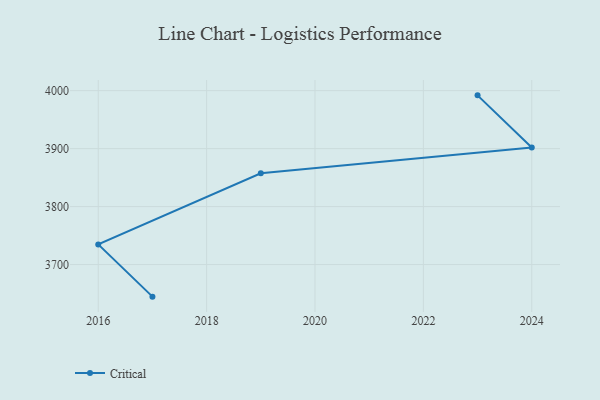
{"axis": {"x": "Year", "y": "Headcount"}, "legend": ["Critical"], "data": [{"x": "2017", "y": 3644.6, "type": "Critical"}, {"x": "2016", "y": 3734.7, "type": "Critical"}, {"x": "2019", "y": 3857.5, "type": "Critical"}, {"x": "2024", "y": 3901.8, "type": "Critical"}, {"x": "2023", "y": 3991.9, "type": "Critical"}]}